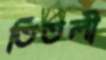
তিতলী